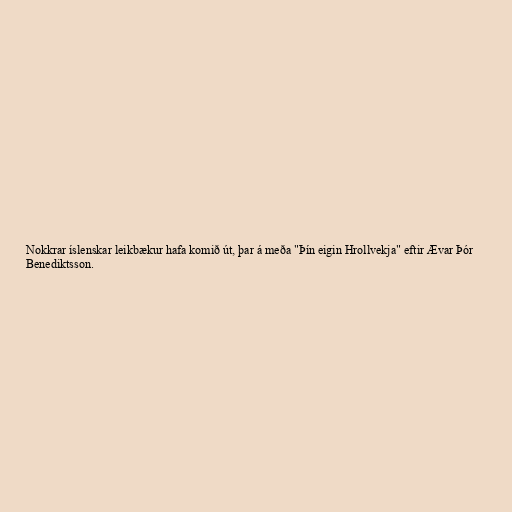
Nokkrar íslenskar leikbækur hafa komið út, þar á meða "Þín eigin Hrollvekja" eftir Ævar Þór
Benediktsson.